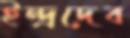
ইন্দ্রদেব